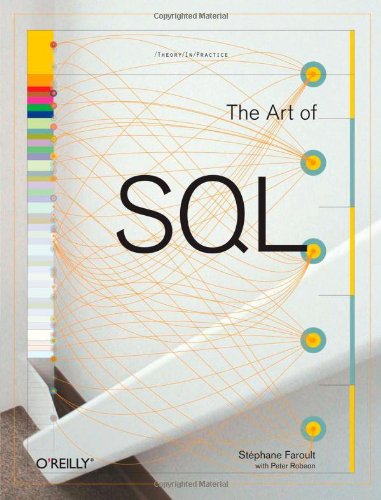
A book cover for The Art of SQL; Stephane Faroult; Computers & Technology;